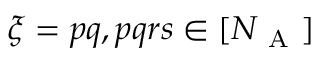
\xi = { p q , p q r s \in [ N _ { \mathrm { ~ A ~ } } ] }